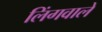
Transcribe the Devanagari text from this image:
लिंगवाले